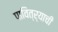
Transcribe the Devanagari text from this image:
पावित्र्याची